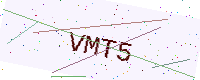
Text: VMT5